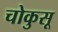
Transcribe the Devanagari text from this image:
चोकुसू